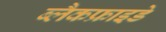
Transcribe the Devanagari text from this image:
ब्लैकफ्राइडे